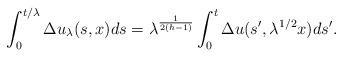
LaTeX: \begin{align*}\int_0^{t/\lambda}\Delta u_{\lambda}(s,x)ds= \lambda^{\frac{1}{2(h-1)}}\int_0^t \Delta u(s',\lambda^{1/2} x)ds'.\end{align*}